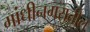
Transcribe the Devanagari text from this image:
गांधीनगरातील